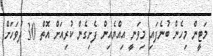
މަޓީން މިހެން ބުނެފައި މިވަނީ އިއްޔެއިން ފެށިގެން ކުރިއަށް އޮތް 30 ދުވަހަށް